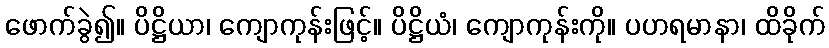
ဖောက်ခွဲ၍။ ပိဋ္ဌိယာ၊ ကျောကုန်းဖြင့်။ ပိဋ္ဌိယံ၊ ကျောကုန်းကို။ ပဟရမာနာ၊ ထိခိုက်